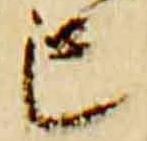
亡